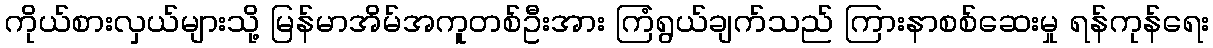
ကိုယ်စားလှယ်များသို့ မြန်မာအိမ်အကူတစ်ဦးအား ကြံရွယ်ချက်သည် ကြားနာစစ်ဆေးမှု ရန်ကုန်ရေး